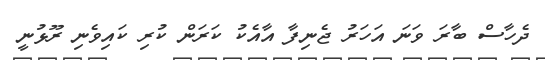
ދެހާސް ބާރަ ވަނަ އަހަރު ޖެނިފާ އާއެކު ކަރަން ކުރި ކައިވެނި ރޫޅުނީ